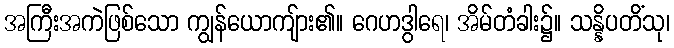
အကြီးအကဲဖြစ်သော ကျွန်ယောကျ်ား၏။ ဂေဟဒွါရေ၊ အိမ်တံခါး၌။ သန္နိပတိံသု၊